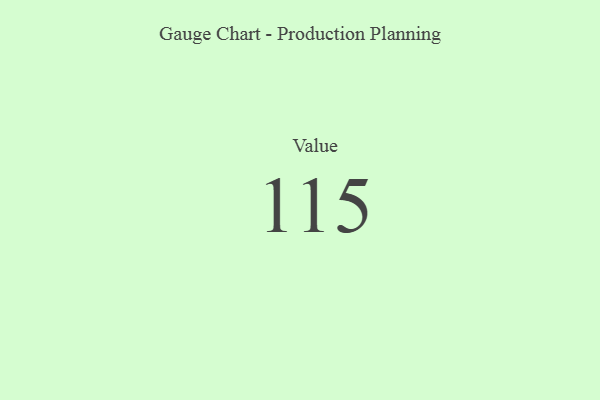
{"axis": {"x": "Metric", "y": "Value"}, "legend": [""], "data": [{"x": "Value", "y": 115, "type": ""}]}